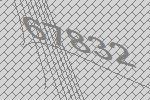
67832